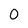
Character: 0